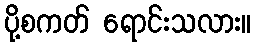
ပို့စကတ် ရောင်းသလား။